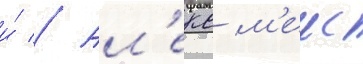
и́ // Ал'екс м'еис